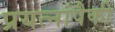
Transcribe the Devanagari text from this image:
प्रयत्नांपैकी